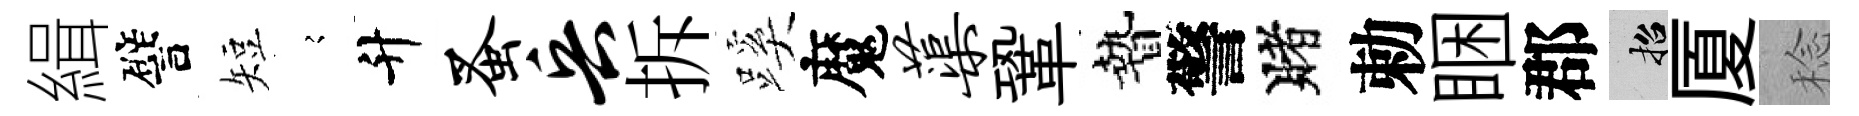
緝譬短𡪹升蚤兵拆蹊魔蕖鞏贄警賭勅睏郡招厦稔